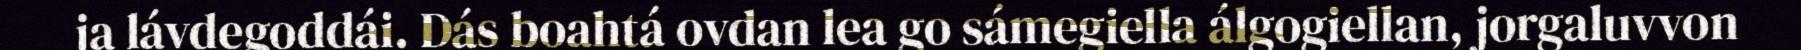
ja lávdegoddái. Dás boahtá ovdan lea go sámegiella álgogiellan, jorgaluvvon